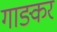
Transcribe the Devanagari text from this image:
गाङकर